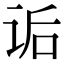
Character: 诟